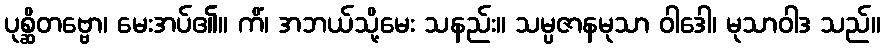
ပုစ္ဆိတဗ္ဗော၊ မေးအပ်၏။ ကိံ၊ အဘယ်သို့မေး သနည်း။ သမ္ပဇာနမုသာ ဝါဒေါ၊ မုသာဝါဒ သည်။